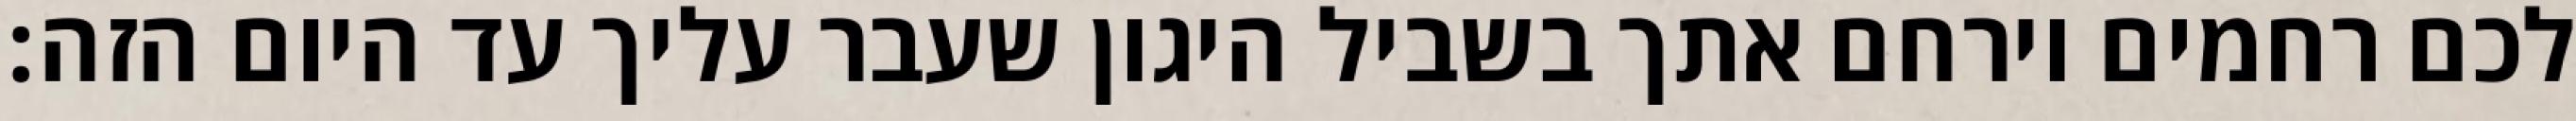
לכם רחמים וירחם אתך בשביל היגון שעבר עליך עד היום הזה: